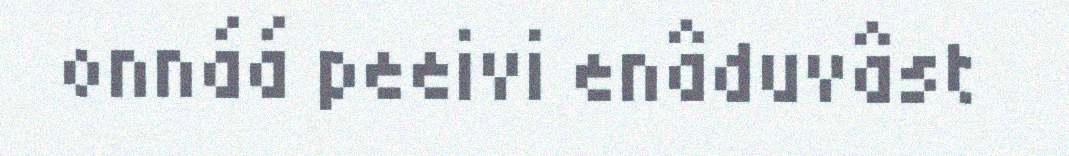
onnáá peeivi enâduvâst